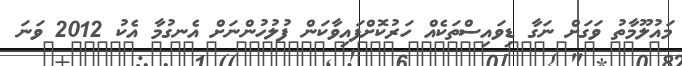
މައުލޫމާތު ވަގަށް ނަގާ ޑިވައިސްތަކެއް ހަރުކޮށްފައިވާކަން ފުލުހުންނަށް އެނގުމާ އެކު 2012 ވަނަ